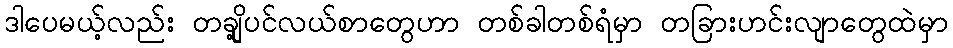
ဒါပေမယ့်လည်း တချို့ပင်လယ်စာတွေဟာ တစ်ခါတစ်ရံမှာ တခြားဟင်းလျာတွေထဲမှာ